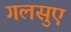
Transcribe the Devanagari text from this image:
गलसुए